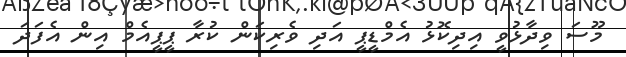
މޫސަ ވިދާޅުވީ އިދިކޮޅު އެމްޑީޕީ އަދި ވެރިކަން ކުރާ ޕީޕީއެމް އިން އެފަދަ